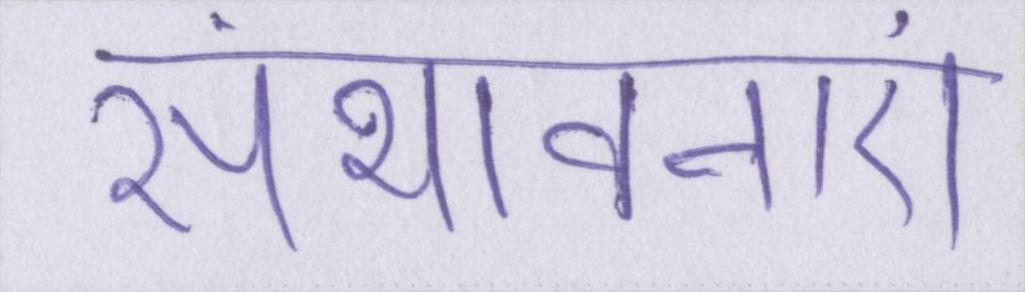
संभावनाएं